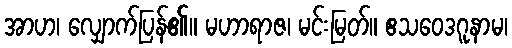
အာဟ၊ လျှောက်ပြန်၏။ မဟာရာဇ၊ မင်းမြတ်။ ဧသဝေဒဂူနာမ၊